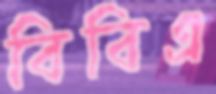
বিবিএ